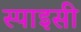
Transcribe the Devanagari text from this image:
स्पाइसी